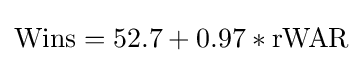
{\text{Wins}}=52.7+0.97*{\text{rWAR}}